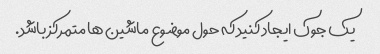
یک جوک ایجاد کنید که حول موضوع ماشین ها متمرکز باشد.